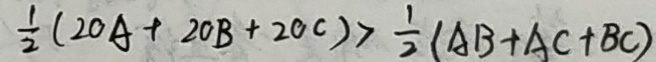
\frac { 1 } { 2 } ( 2 O A + 2 O B + 2 O C ) > \frac { 1 } { 2 } ( A B + A C + B C )